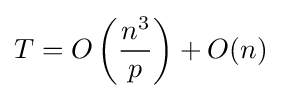
T=O\left({\frac {n^{3}}{p}}\right)+O(n)